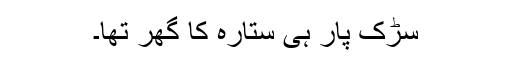
سڑک پار ہی ستارہ کا گھر تھا۔